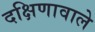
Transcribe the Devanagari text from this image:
दक्षिणावाले